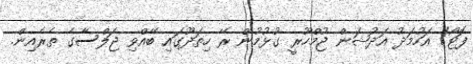
ފޮޓޯ/ އަހުމަދު އަދުޝަން ޖުމްހޫރީ ގުޅުމުން ރޭ ހިތަދޫގައި ބޭއްވި ޖަލްސާގެ ތެރެއިން.